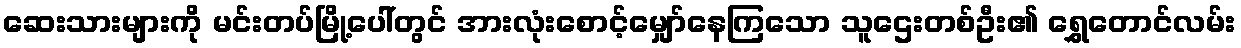
ဆေးသားများကို မင်းတပ်မြို့ပေါ်တွင် အားလုံးစောင့်မျှော်နေကြသော သူဌေးတစ်ဦး၏ ရွှေတောင်လမ်း